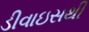
ડીવાઇસથી